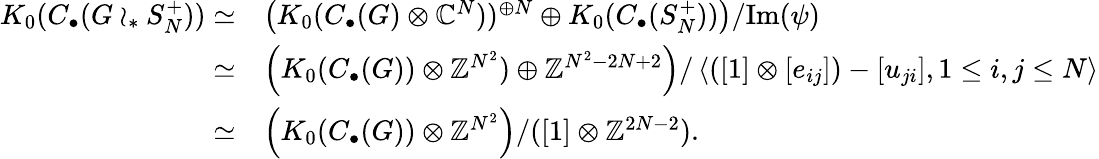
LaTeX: \begin{array}{rl}{K_{0}(C_{\bullet}(G\wr_{*}S_{N}^{+}))\simeq}&{\left(K_{0}(C_{\bullet}(G)\otimes\mathbb{C}^{N}))^{\oplus N}\oplus K_{0}(C_{\bullet}(S_{N}^{+}))\right)/\mathrm{Im}(\psi)}\\ {\simeq}&{\left(K_{0}(C_{\bullet}(G))\otimes\mathbb{Z}^{N^{2}})\oplus\mathbb{Z}^{N^{2}-2N+2}\right)/\left<([1]\otimes[e_{ij}])-[u_{ji}],1\leq i,j\leq N\right>}\\ {\simeq}&{\left(K_{0}(C_{\bullet}(G))\otimes\mathbb{Z}^{N^{2}}\right)/([1]\otimes\mathbb{Z}^{2N-2}).}\end{array}